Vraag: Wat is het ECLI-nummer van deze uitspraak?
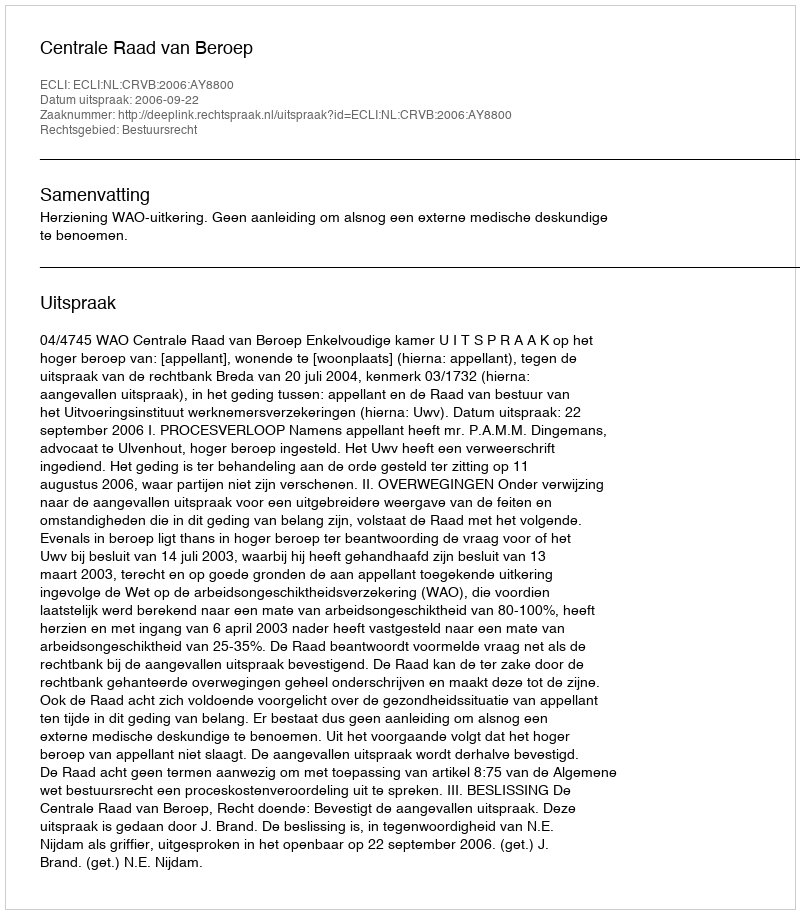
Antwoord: ECLI:NL:CRVB:2006:AY8800